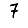
Digit: 7